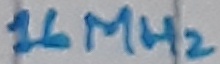
Text: 16MHz